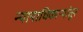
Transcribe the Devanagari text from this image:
न्यायाधिकाऱ्यांतून